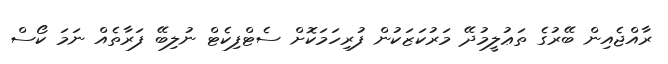
ރާއްޖެއިން ބޭރުގެ ތަޢުލީމުދޭ މަރުކަޒަކުން ފުރިހަމަކޮށް ސެޓްފިކެޓް ނުލިބޭ ފަރާތެއް ނަމަ ކޯސް